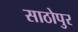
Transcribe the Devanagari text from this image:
साठोपुर